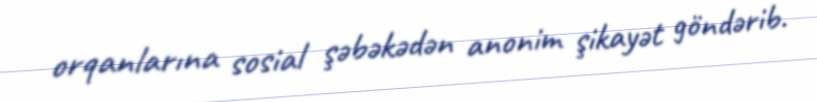
orqanlarına sosial şəbəkədən anonim şikayət göndərib.